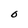
Character: O